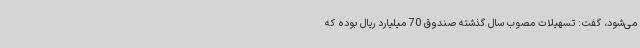
می‌شود، گفت: تسهیلات مصوب سال گذشته صندوق 70 میلیارد ریال بوده که